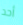
أحد